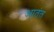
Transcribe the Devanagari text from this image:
आतंत